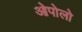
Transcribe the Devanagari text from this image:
ओपोलो